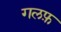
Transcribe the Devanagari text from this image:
गलफ़